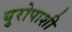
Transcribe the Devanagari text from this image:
युरोपाशी